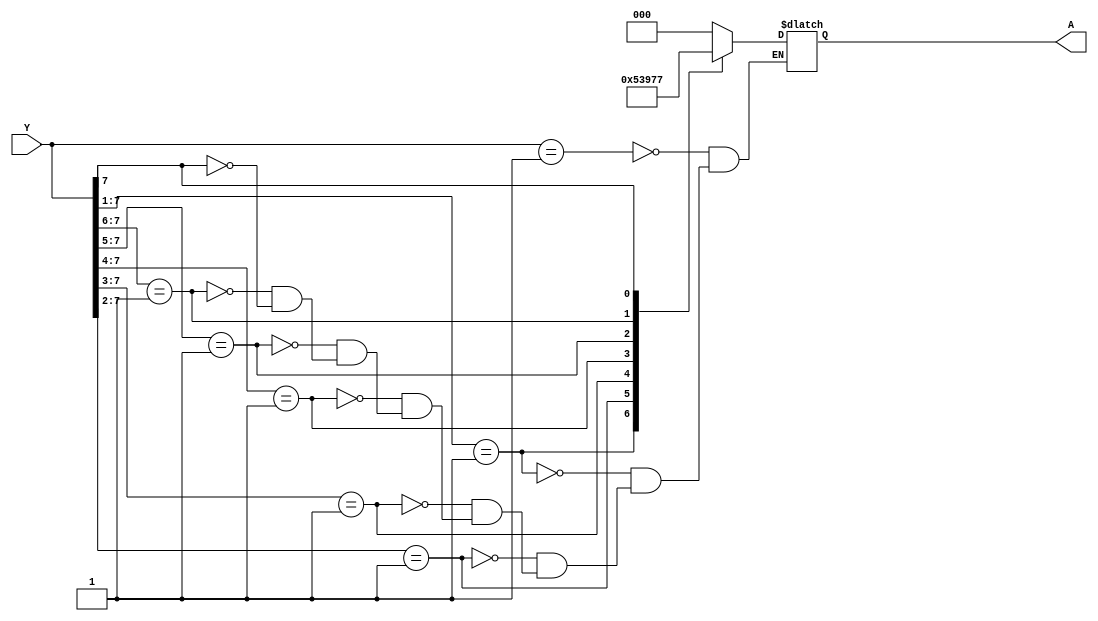
module priority_encoderbehave(A, Y);  
input [7:0]Y;  
output reg [2:0]A;  
always@(Y)  
    begin 
    casex(Y)  
    	8'b00000001:A = 3'b000;  
    	8'b0000001x:A = 3'b001;
    	8'b000001xx:A = 3'b010;  
	8'b00001xxx:A = 3'b011;  
	8'b0001xxxx:A = 3'b100;    
	8'b001xxxxx:A = 3'b101;  
	8'b01xxxxxx:A = 3'b110;
	8'b1xxxxxxx:A = 3'b111;  
	
    endcase  
    end 
endmodule